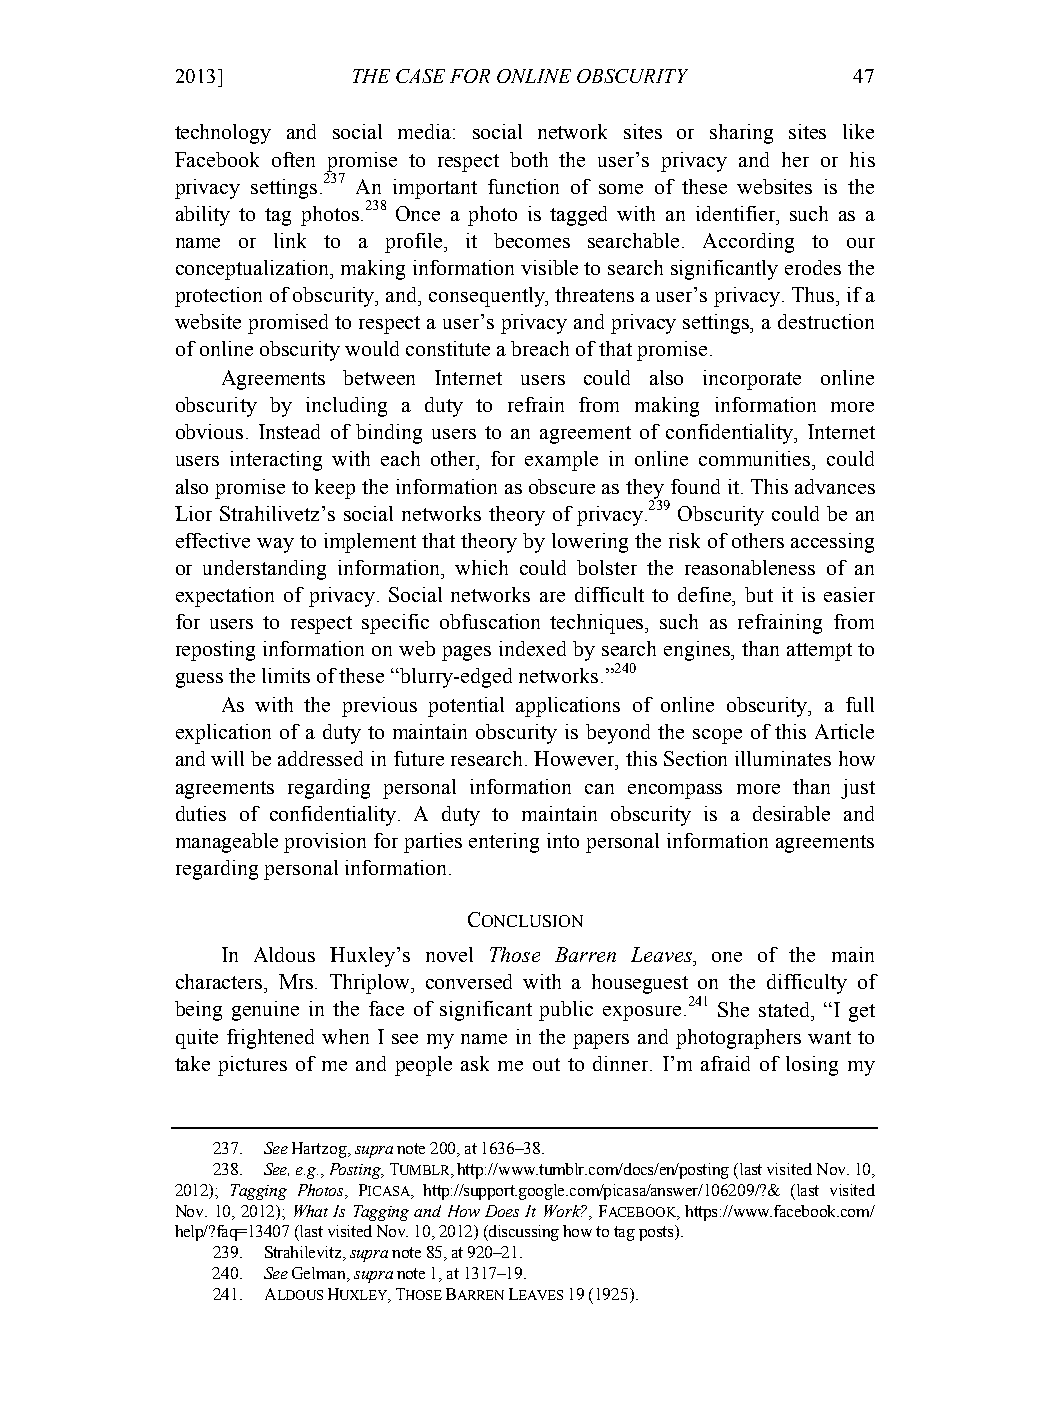
01-HartzogStutzman (Do Not Delete)    2/18/2013 2:33:22 PM
 2013]       THE CASE FOR ONLINE OBSCURITY    47
 technology and social media: social network sites or sharing sites like
 Facebook often promise to respect both the user’s privacy and her or his
 privacy settings.237 An important function of some of these websites is the
 ability to tag photos.238 Once a photo is tagged with an identifier, such as a
 name or link to a profile, it becomes searchable. According to our
 conceptualization, making information visible to search significantly erodes the
 protection of obscurity, and, consequently, threatens a user’s privacy. Thus, if a
 website promised to respect a user’s privacy and privacy settings, a destruction
 of online obscurity would constitute a breach of that promise.
 Agreements between Internet users could also incorporate online
 obscurity by including a duty to refrain from making information more
 obvious. Instead of binding users to an agreement of confidentiality, Internet
 users interacting with each other, for example in online communities, could
 also promise to keep the information as obscure as they found it. This advances
 Lior Strahilivetz’s social networks theory of privacy.239 Obscurity could be an
 effective way to implement that theory by lowering the risk of others accessing
 or understanding information, which could bolster the reasonableness of an
 expectation of privacy. Social networks are difficult to define, but it is easier
 for users to respect specific obfuscation techniques, such as refraining from
 reposting information on web pages indexed by search engines, than attempt to
 guess the limits of these “blurry-edged networks.”240
 As with the previous potential applications of online obscurity, a full
 explication of a duty to maintain obscurity is beyond the scope of this Article
 and will be addressed in future research. However, this Section illuminates how
 agreements regarding personal information can encompass more than just
 duties of confidentiality. A duty to maintain obscurity is a desirable and
 manageable provision for parties entering into personal information agreements
 regarding personal information.
 CONCLUSION
 In Aldous Huxley’s novel Those Barren Leaves, one of the main
 characters, Mrs. Thriplow, conversed with a houseguest on the difficulty of
 being genuine in the face of significant public exposure.241 She stated, “I get
 quite frightened when I see my name in the papers and photographers want to
 take pictures of me and people ask me out to dinner. I’m afraid of losing my
 237. See Hartzog, supra note 200, at 1636–38.
 238. See, e.g., Posting, TUMBLR, http://www.tumblr.com/docs/en/posting (last visited Nov. 10,
 2012); Tagging Photos, PICASA, http://support.google.com/picasa/answer/106209/?& (last visited
 Nov. 10, 2012); What Is Tagging and How Does It Work?, FACEBOOK, https://www.facebook.com/
 help/?faq=13407 (last visited Nov. 10, 2012) (discussing how to tag posts).
 239. Strahilevitz, supra note 85, at 920–21.
 240. See Gelman, supra note 1, at 1317–19.
 241. ALDOUS HUXLEY, THOSE BARREN LEAVES 19 (1925).